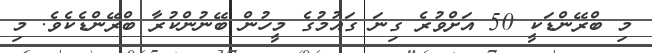
މި ބްރޭންޑަކީ 50 އަށްވުރެ ގިނަ ގައުމުގެ މީހުން ބޭނުންކުރާ ބްރޭންޑެކެވެ. މި